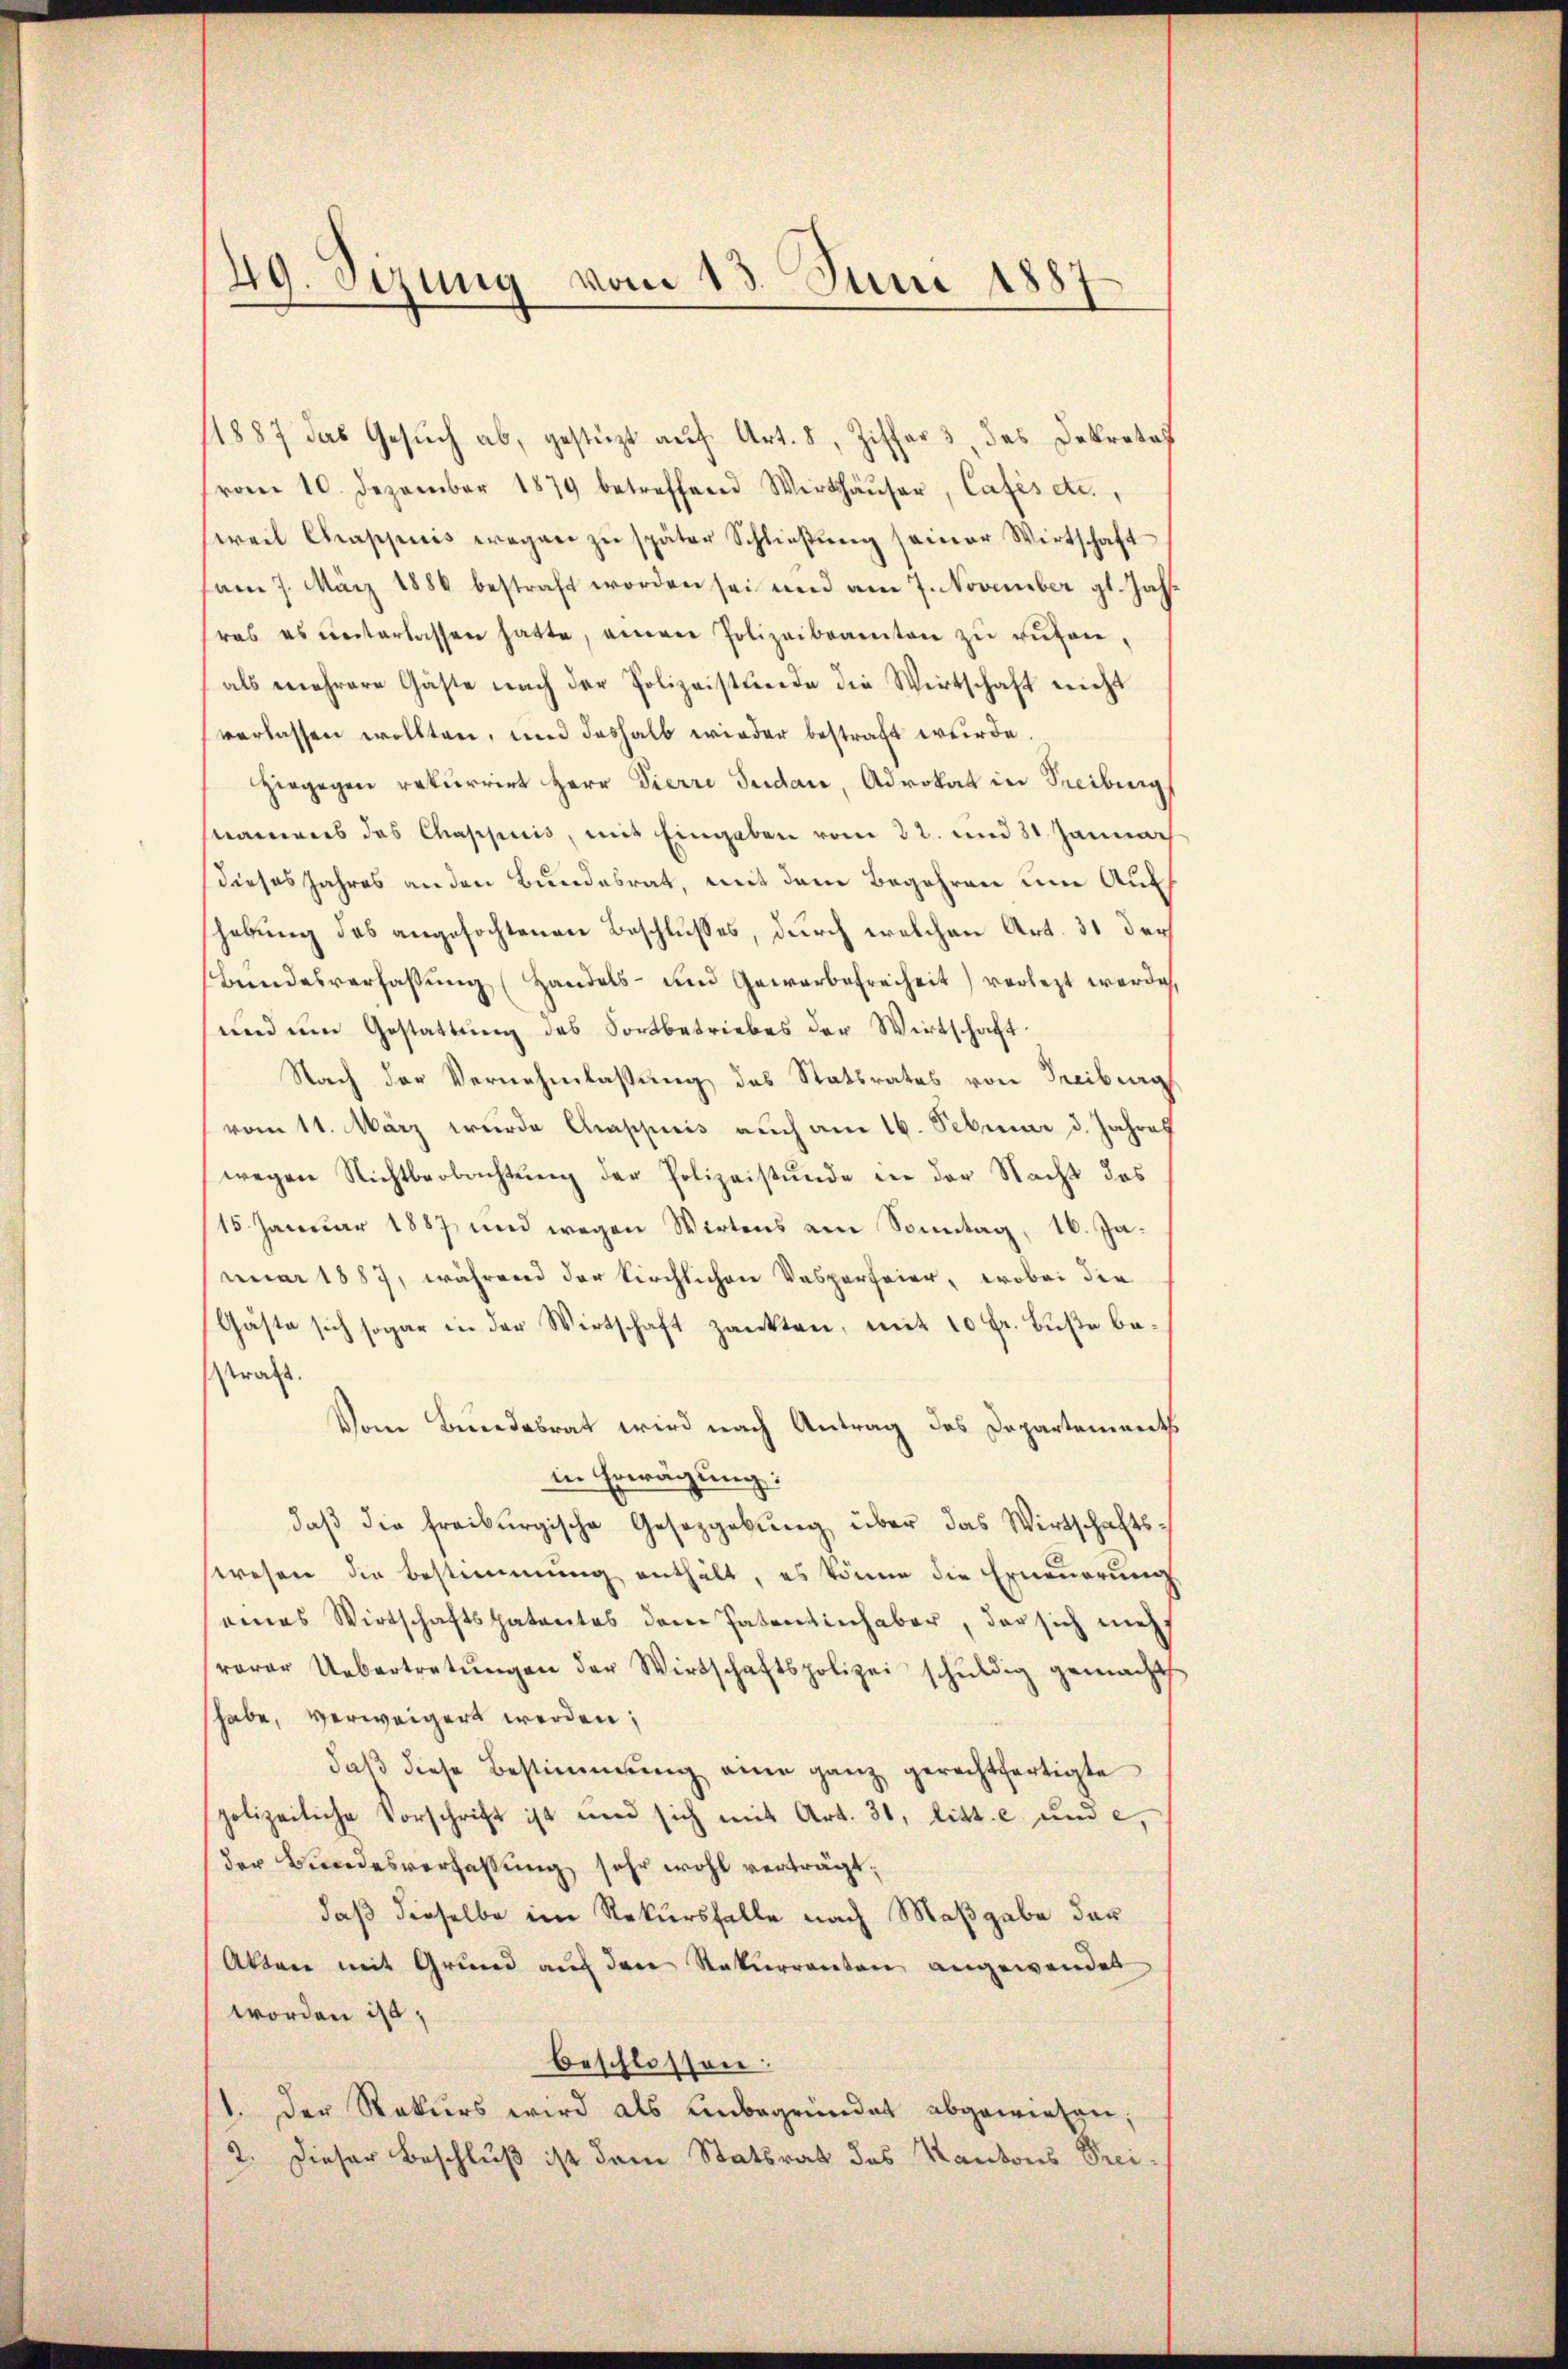
49. Sizung vom 13. Juni 1887

1887 das Gesŭch ab, gestüzt aŭf Art. 8, Ziffer 3, das Dekretat
vom 10. Dezember 1879 betreffend Werthäŭser, Cafés etc.,
seweil Chrappiis wegen zŭ später Schlieβŭng seiner Wirtschaft
am 7. März 1886 bestraft worden sei und am 7. November gl. Jahras es unterlassen hatte, anerer Polizeibeamten zŭ rŭfen,
als mehrere Gäste nach der Polizeistunde die Wirtschaft nicht
verlassen wollten, und deshalb wieder bestraft wurde
Hiegegen rekurrirt Herr Pierre Judan, Advokat in Treiburg
nanweis das Chappuis, mit Eingaben vom 22. und 31. Jannach
dieses Jahres an den Bundesrat, mit dem Begehren um Auff
hebung des angefochtenen Beschlusses, durch welchen Art. 31 der
Bundesverfassung (Handels- und Gewerbefreiheit) verletzt werde,
und um Gestattung des Fortbetriebes der Wirtschaft
Nach der Vernehmlassung des Statsrates von Freiburg
vom 11. März wurde Chappis auch am 16. Februar d. Jahres
wegen Nichtbeobachtung der Polizeistunde in der Nacht des
15. Januar 1887 und wegen Wirtens am Sonntag, 16. Januar 1887, während der Kirchlichen Vasperfeier, wobei die
Gäste sich sogar in der Wirtschaft zankten, mit 10 Fr. Buße bestraß.
Vom Bundesrat wird nach Antrag des Departements
in Erwägung:
daβ die freiburgische Gesetzgebung über das Wirtschaftswesen die Bestimmung enthält, es könne die Erneuerung
eines Wirtschaftspatentes der Patentinhaber, der sich mehr
varer Uebertretŭngen der Wirtschaftspolizei schŭldig gemacht
habe, verweigert werden;
daß diese Bestimmung eine ganz gerechtfertigte
polizeiliche Vorschrift ist und sich mit Art. 31, litt. c und e
der Bundesverfassung sehr wohl verträgt,
daß dieselbe im Rekursfalle nach Maßgabe der
Akten mit Grund auf den Rekurrenten angewendet
worden ist;
beschlossen:
1. Der Rekurs wird als Unbegründet abgewiesen;
2. Dieser Beschluß ist dem Statsrat des Kantons Prei-